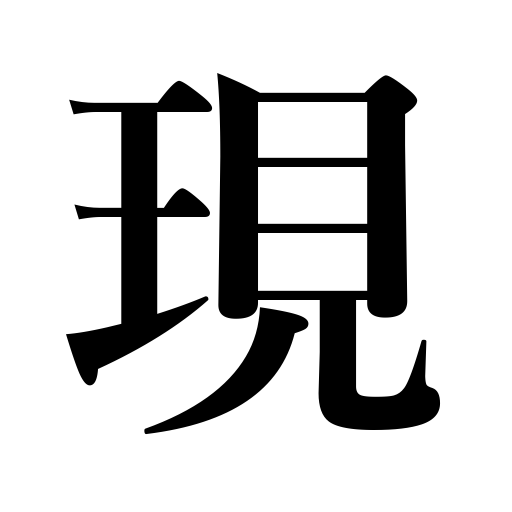
Meanings: prove,disclose,exciting,appear,be discovered,emerge,be revealed,become famous,show up,indicate,be mentioned,distinguish oneself,display,show,come in sight,express,represent,present,actual